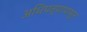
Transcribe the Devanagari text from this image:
अधिपत्यापासून